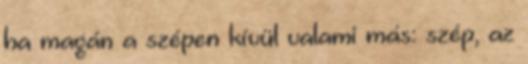
ha magán a szépen kívül valami más: szép, az